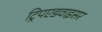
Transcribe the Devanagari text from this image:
ट्रिपएडवाइसर